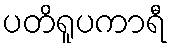
ပတိရူပကာရီ